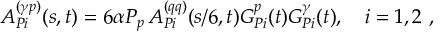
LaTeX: A _ { { \cal P } i } ^ { ( \gamma p ) } ( s , t ) = 6 \alpha P _ { p } \, A _ { { \cal P } i } ^ { ( q q ) } ( s / 6 , t ) G _ { { \cal P } i } ^ { p } ( t ) G _ { { \cal P } i } ^ { \gamma } ( t ) , \quad i = 1 , 2 \ ,